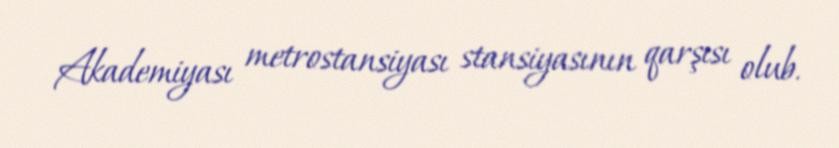
Akademiyası metrostansiyası stansiyasının qarşısı olub.